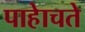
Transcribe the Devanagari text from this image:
पाहेाचते